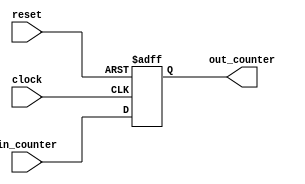
`timescale 1ns / 1ps

/*Assignment No. 7
  Semester 5
  Group No. 13
  Members : 
  		Arpit Jain (16CS10007)
		Eeshan Gupta (16CS30009)
*/
module ProgramCounter(
		in_counter,
		out_counter,
		clock,
		reset
    );
	 input wire[31:0] in_counter;
	 output reg[31:0] out_counter;
	 input clock;
	 input reset;

	always@(posedge reset or posedge clock)
	begin
		if(reset)
			out_counter <= 32'b0;
		else
			out_counter <= in_counter;
	end

endmodule